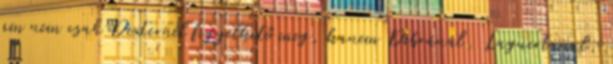
am nem csak Dexternél figyelhető meg, hanem Debránál, Laguertanal,